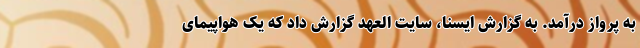
به پرواز درآمد. به گزارش ایسنا، سایت العهد گزارش داد که یک هواپیمای